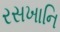
રસખાનિ